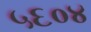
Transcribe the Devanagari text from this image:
५६०४